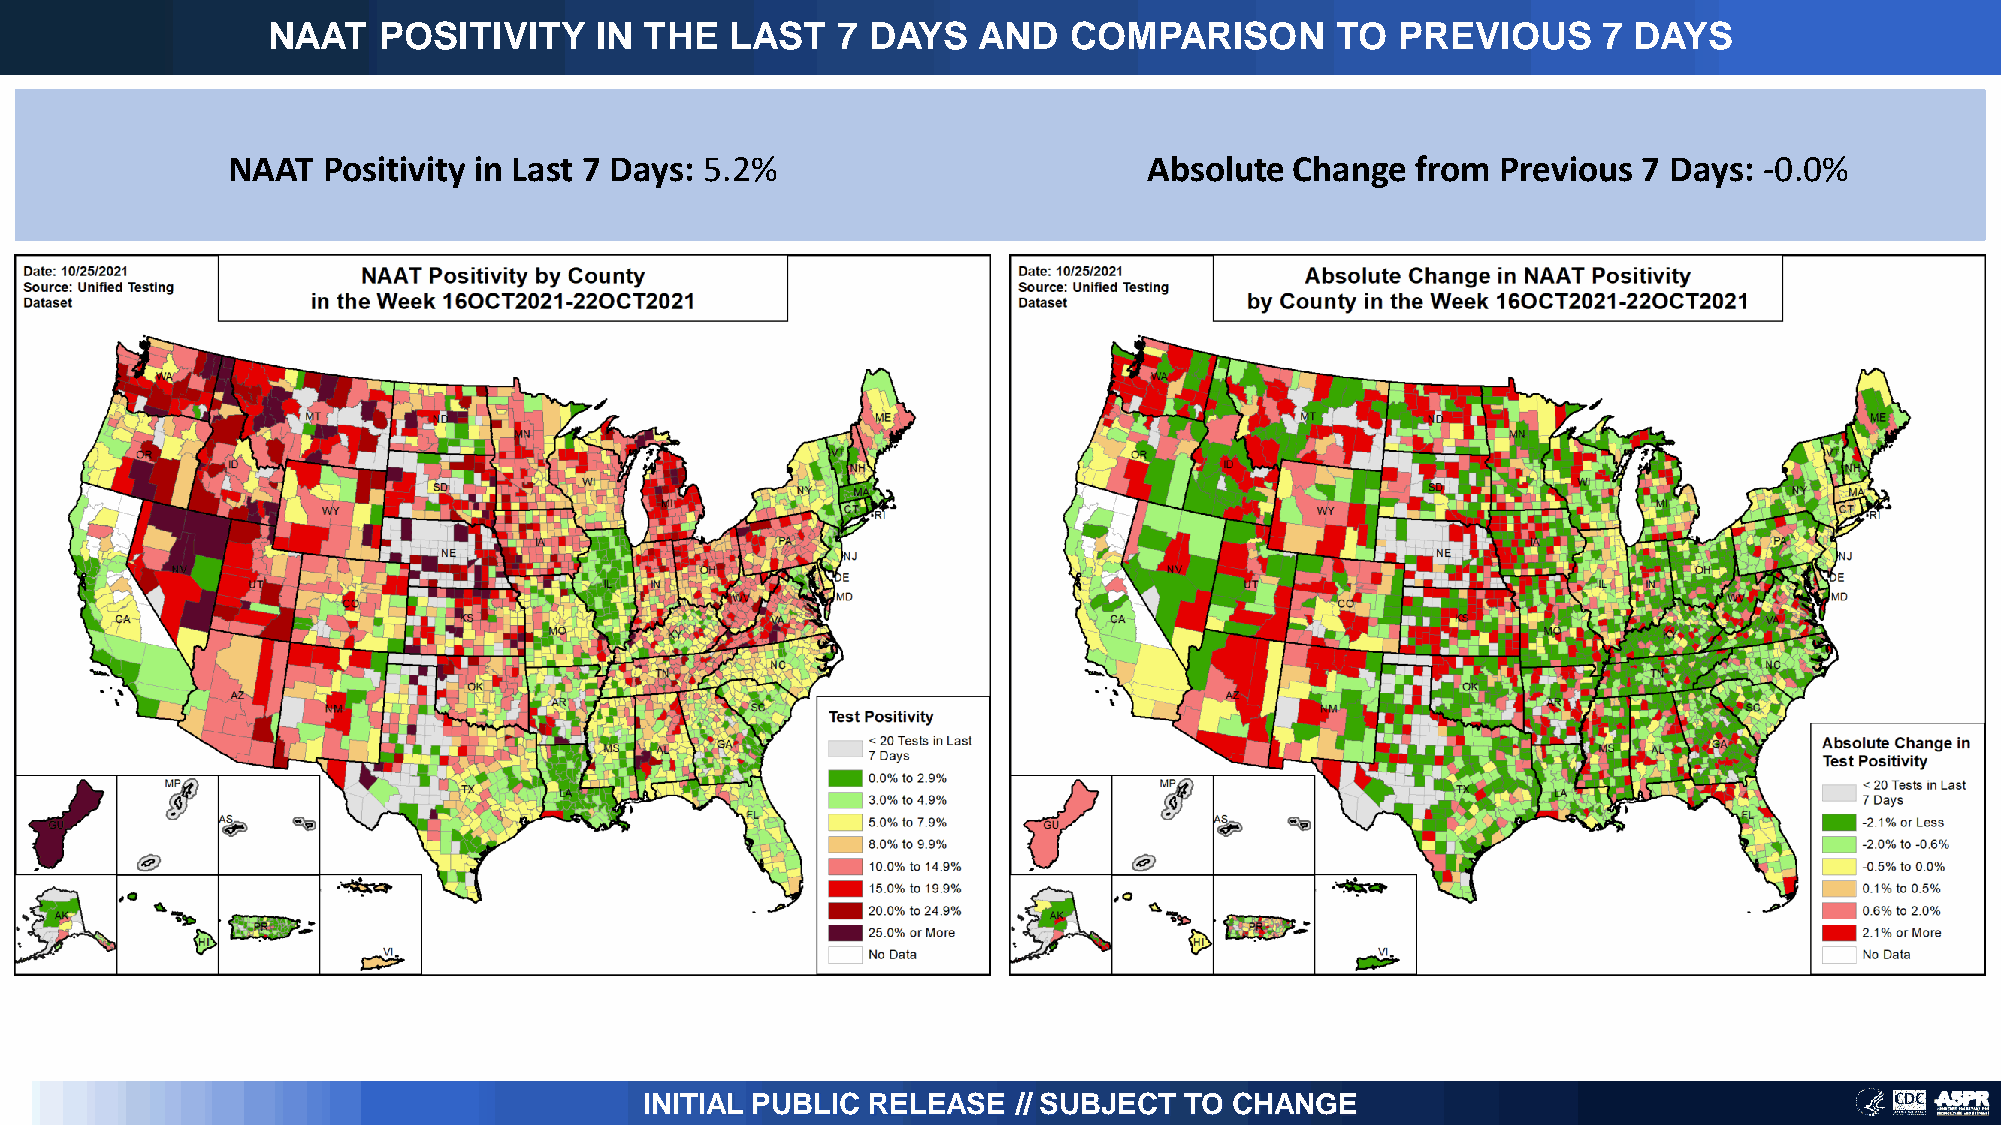
NAAT   POSITIVITY    IN  THE  LAST   7 DAYS    AND   COMPARISON       TO   PREVIOUS     7 DAYS
 NAAT  Positivity in Last 7 Days: 5.2%                        Absolute  Change  from Previous  7 Days: -0.0%
 INITIAL PUBLIC RELEASE  // SUBJECT TO  CHANGE